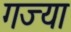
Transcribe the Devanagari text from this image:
गज्या